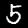
Digit: 5